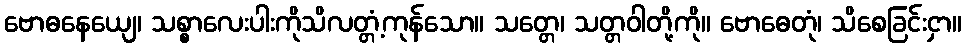
ဗောဓနေယျေ၊ သစ္စာလေးပါးကိုသိလတ္တံ့ကုန်သော။ သတ္တေ၊ သတ္တဝါတို့ကို။ ဗောဓေတုံ၊ သိစေခြင်းငှာ။